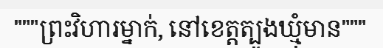
"""ព្រះវិហារម្នាក់, នៅខេត្តត្បូងឃ្មុំមាន"""